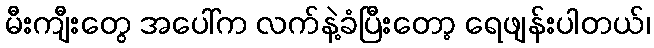
မီးကျီးတွေ အပေါ်က လက်နဲ့ခံပြီးတော့ ရေဖျန်းပါတယ်၊